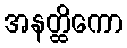
အနတ္ထိကော